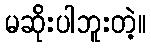
မဆိုးပါဘူးတဲ့။